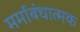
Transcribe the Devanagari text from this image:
मर्माबंधात्मक